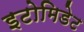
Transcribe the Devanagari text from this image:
इटोमिडेट